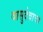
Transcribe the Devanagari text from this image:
वासुदेवाचा